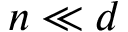
n \ll d